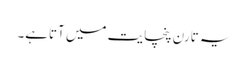
یہ تارن پنچایت میں آتاہے۔